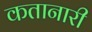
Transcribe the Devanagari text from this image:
कतानारी